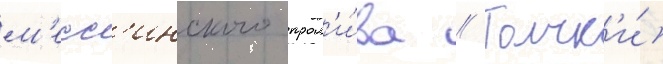
м'есс'инского прол'и́ва // Толчк'и́